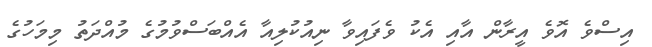
އިސްވެ އޮވެ އީރާން އާއި އެކު ވެފައިވާ ނިއުކުލިއާ އެއްބަސްވުމުގެ މުއްދަތު މިމަހުގެ